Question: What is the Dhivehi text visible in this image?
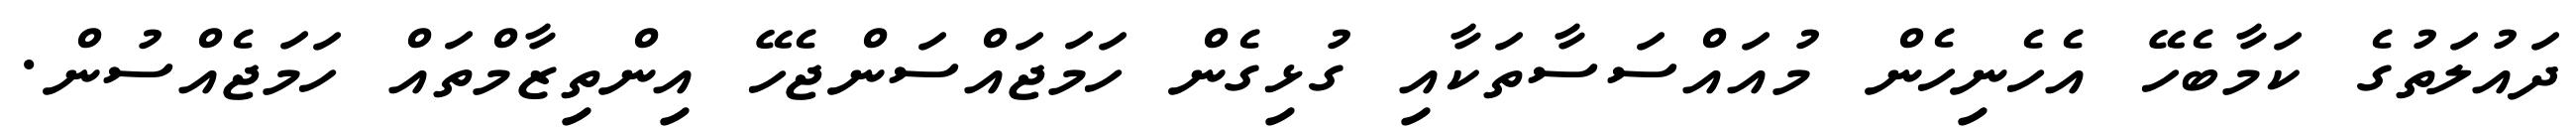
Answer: ދައުލަތުގެ ކަމާބެހޭ އެހެނިހެން މުއައްސަސާތަކާއި ގުޅިގެން ހަމަޖައްސަންޖެހޭ އިންތިޒާމްތައް ހަމަޖެއްސުން.